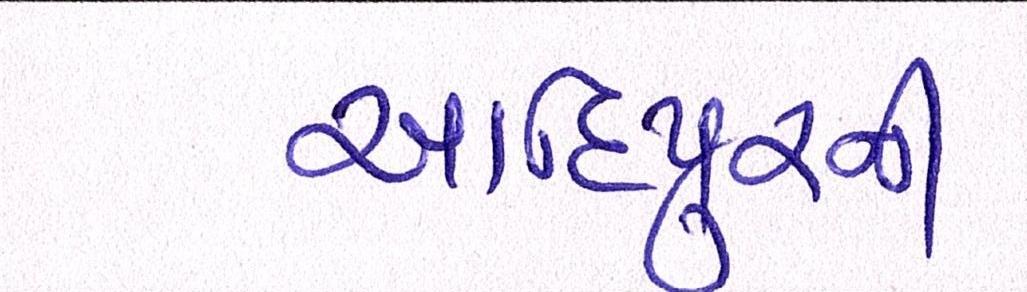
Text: આદિપુરની